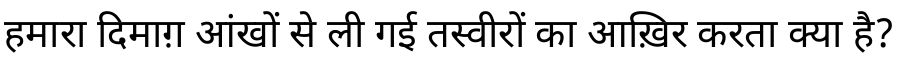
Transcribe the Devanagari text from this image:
हमारा दिमाग़ आंखों से ली गई तस्वीरों का आख़िर करता क्या है?